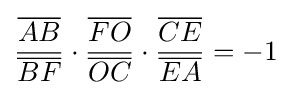
{\frac {\overline {AB}}{\overline {BF}}}\cdot {\frac {\overline {FO}}{\overline {OC}}}\cdot {\frac {\overline {CE}}{\overline {EA}}}=-1